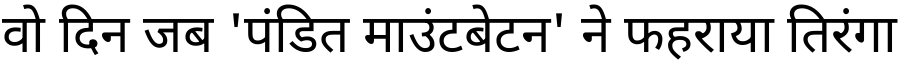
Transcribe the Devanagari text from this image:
वो दिन जब 'पंडित माउंटबेटन' ने फहराया तिरंगा